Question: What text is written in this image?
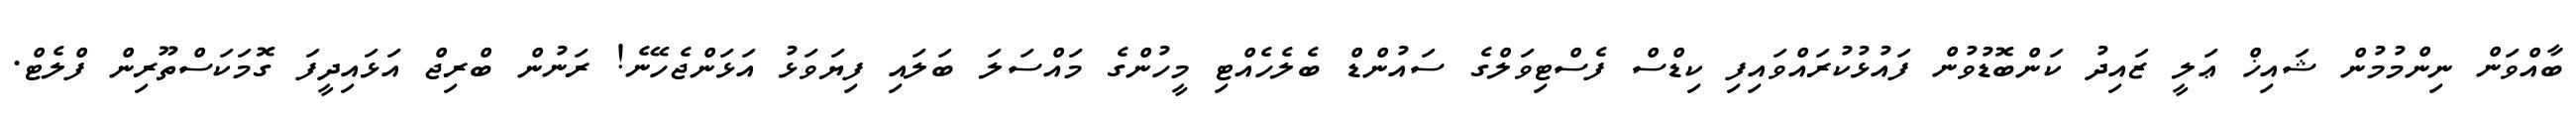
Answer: ބާއްވަން ނިންމުމުން ޝައިޚް ޢަލީ ޒައިދު ކަންބޮޑުވުން ފައުޅުކުރައްވައިފި ކިޑްސް ފެސްޓިވަލްގެ ސައުންޑް ބެލެހެއްޓި މީހުންގެ މައްސަލަ ބަލައި ފިޔަވަޅު އަޅަންޖެހޭނެ! ރަނުން ބްރިޖް އަޅައިދީފަ ގޮމަކަސްތޫރިން ފްލެޓް.